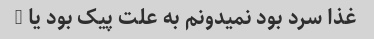
غذا سرد بود نمیدونم به علت پیک بود یا …